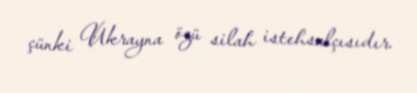
çünki Ukrayna özü silah istehsalçısıdır.